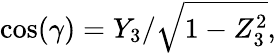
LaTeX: \cos(\gamma)=Y_{3}/{\sqrt{1-Z_{3}^{2}}},